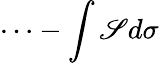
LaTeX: \cdots-\int\mathscr{S}d\sigma